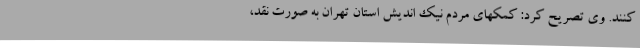
‌کنند. وی تصریح کرد: کمکهای مردم نیک اندیش استان تهران به صورت نقد،